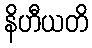
နိဟီယတိ